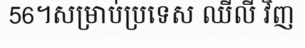
56។សម្រាប់ប្រទេស ឈីលី វិញ